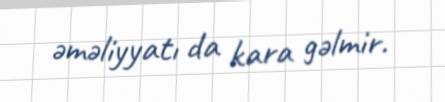
əməliyyatı da kara gəlmir.